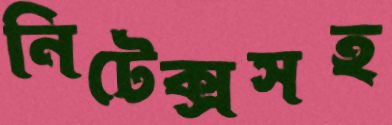
নিটেক্সসহ